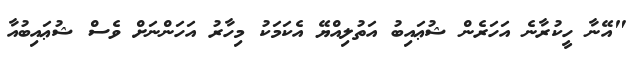
"އޭނާ ހީކުރާނެ އަހަރެން ޝުޢައިބު އަތުލިއްޔޭ އެކަމަކު މިހާރު އަހަންނަށް ވެސް ޝުޢައިބުއާ